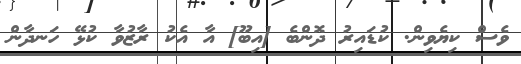
ވެސް ކިޔެވިން. ކުޑައިރު ދޮންބެ [އިބޫ] އާ އެކު ރާޒުވާ ކުޅޭ ހަނދާން